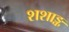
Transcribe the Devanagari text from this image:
शशाङ्क